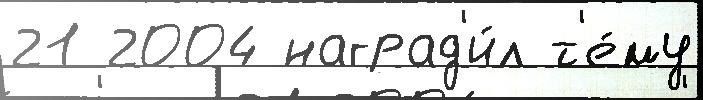
21 2004 наград'и́л т'е́му